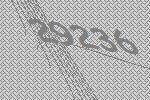
29236